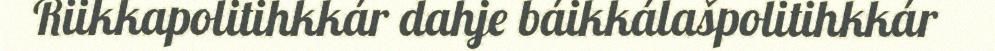
Riikkapolitihkkár dahje báikkálašpolitihkkár